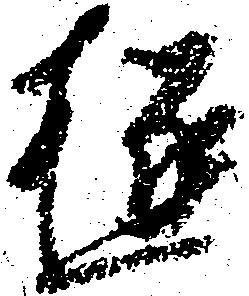
極